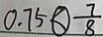
0 . 7 5 \textcircled { < } \frac { 7 } { 8 }